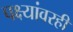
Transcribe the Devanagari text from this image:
पक्ष्यांवरही